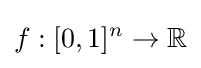
f:[0,1]^{n}\rightarrow \mathbb {R}